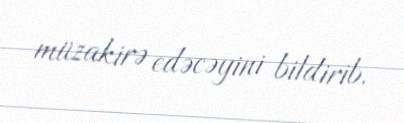
müzakirə edəcəyini bildirib.